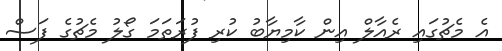
އެ މެޗުގައި ރެއާލް އިން ކާމިޔާބު ކުރި ފުރަތަމަ ގޯލު މެޗުގެ ފަސް